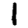
Digit: 1